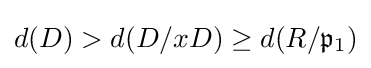
d(D)>d(D/xD)\geq d(R/{\mathfrak {p}}_{1})